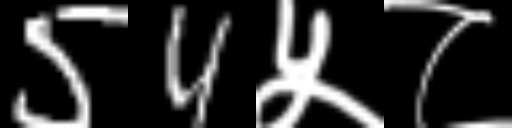
Text: 54५८